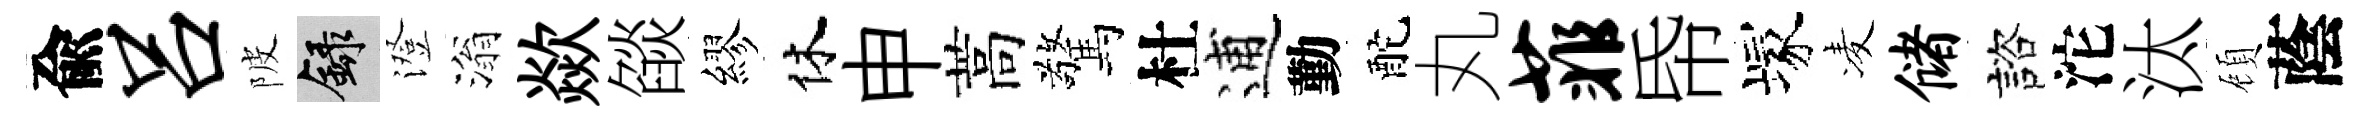
兪吕陂録澄滃歘燄繆休申蒿驚杜逋勤酡丸菲帋塚凌储諮沱汰頋蔭